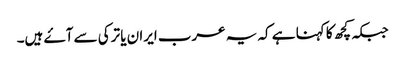
جبکہ کچھ کا کہنا ہے کہ یہ عرب ایران یا ترکی سے آۓ ہیں۔